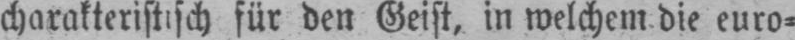
charakteristisch für den Geist, in welchem die euro⸗